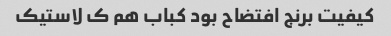
کیفیت برنج افتضاح بود کباب هم ک لاستیک